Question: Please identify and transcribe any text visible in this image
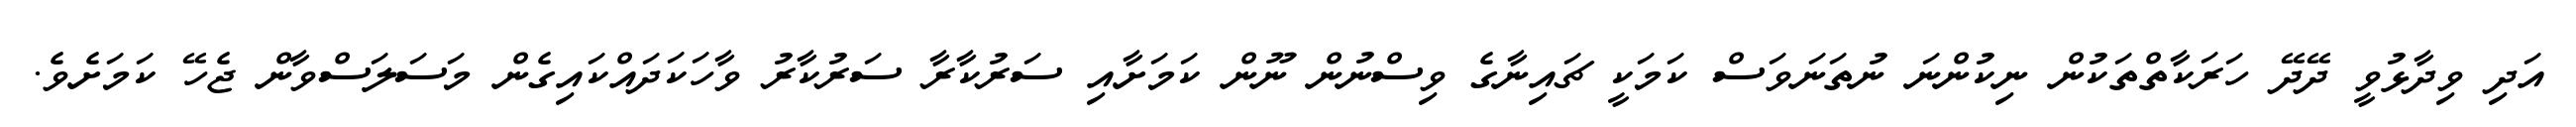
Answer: އަދި ވިދާޅުވީ ދޭދޭ ހަރަކާތްތަކުން ނިކުންނަ ނުތަނަވަސް ކަމަކީ ޗައިނާގެ ވިސްނުން ނޫން ކަމަށާއި ސަރުކާރާ ސަރުކާރު ވާހަކަދައްކައިގެން މަސަލަސްވާން ޖެހޭ ކަމަށެވެ.